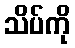
သိပ်ကို